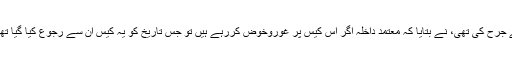
دریں اثناء کراؤن پراسیکیوشن سرویس (CPS) کے ترجمان جنہوں نے حکومت ہند کی جانب سے جرح کی تھی، نے بتایا کہ معتمد داخلہ اگر اس کیس پر غوروخوض کررہے ہیں تو جس تاریخ کو یہ کیس ان سے رجوع کیا گیا تھا، اس تاریخ سے اندرون دو ماہ انہیں وجے مالیا کی ہندوستان حوالگی کا حکم جاری کردینا چاہئے۔